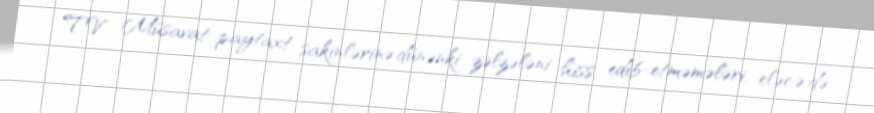
TV Müsavat paytaxt sakinlərinə dünənki zəlzələni hiss edib-etməmələri, eləcə də